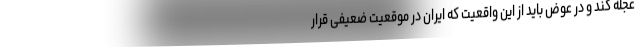
عجله کند و در عوض باید از این واقعیت که ایران در موقعیت ضعیفی قرار